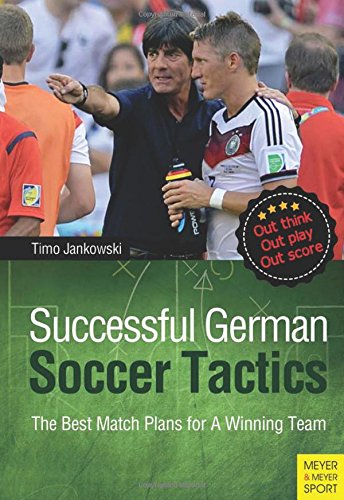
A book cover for Successful German Soccer Tactics: The Best Match Plans for a Winning Team; Timo Jankowski; Sports & Outdoors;